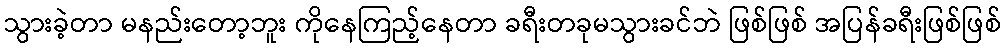
သွားခဲ့တာ မနည်းတော့ဘူး ကိုနေကြည့်နေတာ ခရီးတခုမသွားခင်ဘဲ ဖြစ်ဖြစ် အပြန်ခရီးဖြစ်ဖြစ်